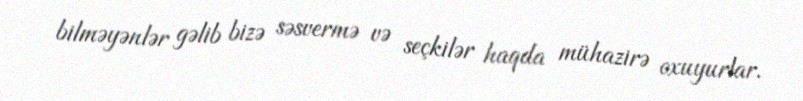
bilməyənlər gəlib bizə səsvermə və seçkilər haqda mühazirə oxuyurlar.